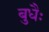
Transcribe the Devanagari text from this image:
बुधैः